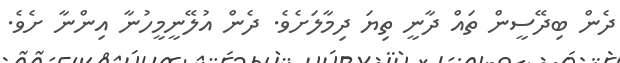
ދެން ބިދޭސީން ތައް ދާނީ ތިޔަ ދިމާލަށެވެ. ދެން އުލޭނީމީހުނާ އިންނާ ށެވެ.